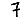
Digit: 7